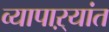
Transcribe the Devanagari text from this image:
व्यापाऱ्यांत